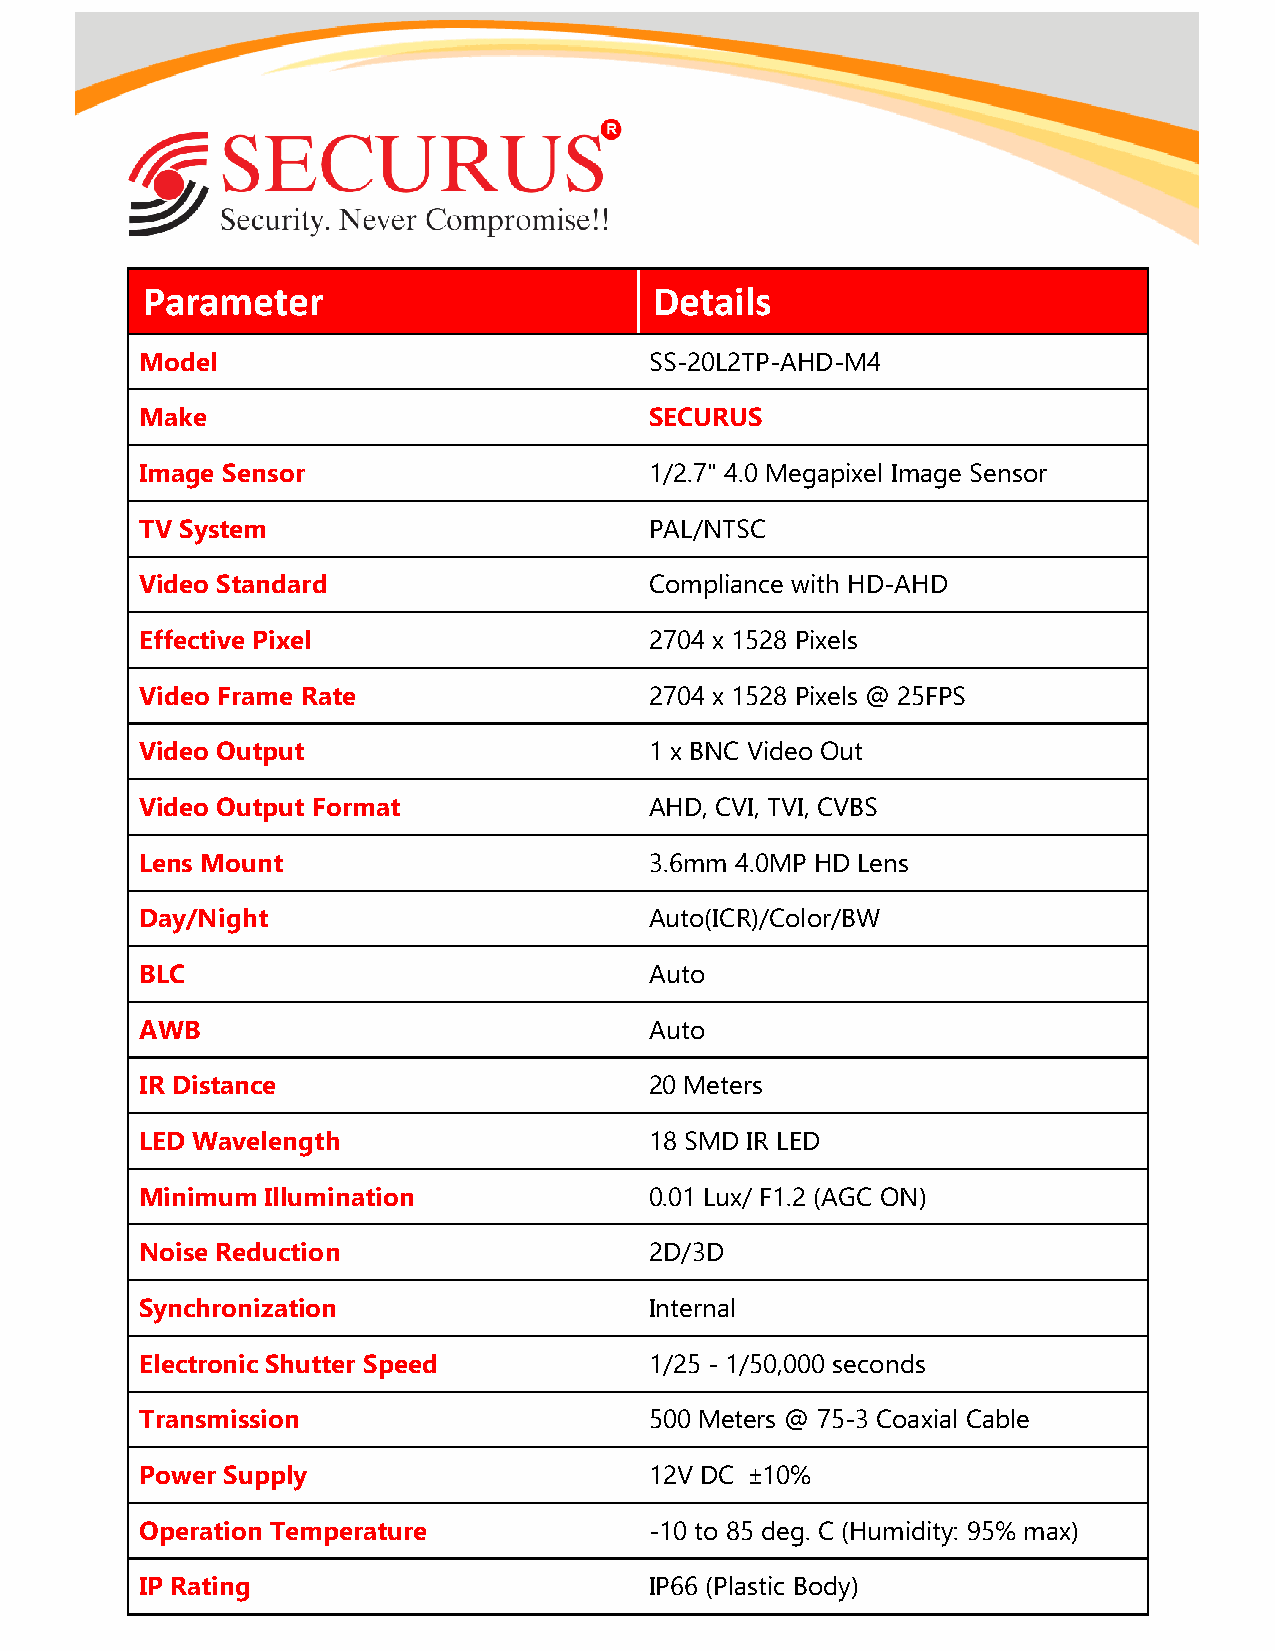
Parameter                         Details
 Model                             SS-20L2TP-AHD-M4
 Make                              SECURUS
 Image Sensor                      1/2.7" 4.0 Megapixel Image Sensor
 TV System                         PAL/NTSC
 Video Standard                    Compliance with HD-AHD
 Effective Pixel                   2704 x 1528 Pixels
 Video Frame Rate                  2704 x 1528 Pixels @ 25FPS
 Video Output                      1 x BNC Video Out
 Video Output Format               AHD, CVI, TVI, CVBS
 Lens Mount                        3.6mm 4.0MP HD Lens
 Day/Night                         Auto(ICR)/Color/BW
 BLC                               Auto
 AWB                               Auto
 IR Distance                       20 Meters
 LED Wavelength                    18 SMD IR LED
 Minimum  Illumination             0.01 Lux/ F1.2 (AGC ON)
 Noise Reduction                   2D/3D
 Synchronization                   Internal
 Electronic Shutter Speed          1/25 - 1/50,000 seconds
 Transmission                      500 Meters @ 75-3 Coaxial Cable
 Power Supply                      12V DC ±10%
 Operation Temperature             -10 to 85 deg. C (Humidity: 95% max)
 IP Rating                         IP66 (Plastic Body)